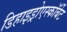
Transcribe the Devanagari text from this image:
डिहाइड्रोएस्कॉर्बेट